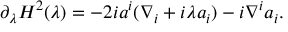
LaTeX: \partial _ { \lambda } H ^ { 2 } ( \lambda ) = - 2 i a ^ { i } ( \nabla _ { i } + i \lambda a _ { i } ) - i \nabla ^ { i } a _ { i } .